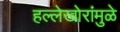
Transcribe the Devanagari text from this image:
हल्लेखोरांमुळे